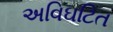
અવિઘટિત